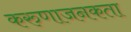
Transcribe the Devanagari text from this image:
करुणाजनकता